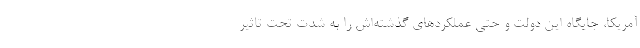
آمریکا، جایگاه این دولت و حتی عملکردهای گذشته‌اش را به شدت تحت تاثیر